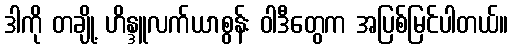
ဒါကို တချို့ ဟိန္ဒူလက်ယာစွန်း ဝါဒီတွေက အပြစ်မြင်ပါတယ်။